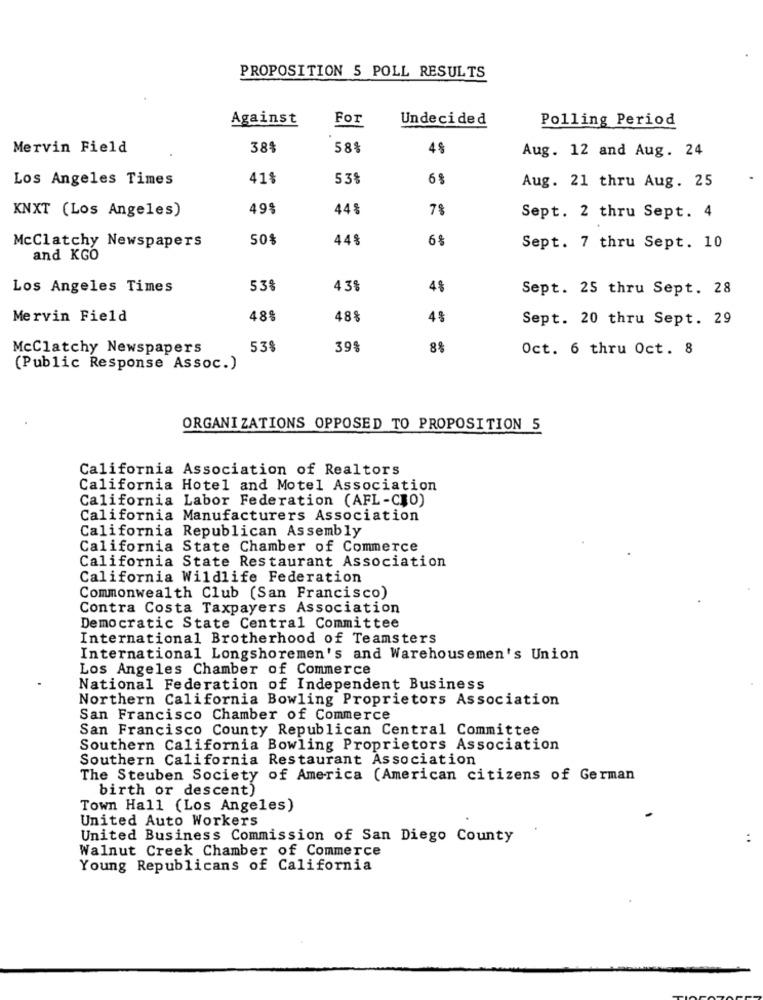
PROPOSITION 5 POLL RESULTS
Against
For
Undecided
Polling Period
Mervin Field
38%
58%
Aug. 12 and Aug. 24
Los Angeles Times
41%
53%
Aug. 21 thru Aug. 25
KNXT (Los Angeles)
49$
44
78
Sept. 2 thru Sept. 4
50%
448
6%
McClatchy Newspapers
Sept. 7 thru Sept. 10
and KGO
Los Angeles Times
53%
435
4%
Sept. 25 thru Sept. 28
Mervin Field
48%
48%
4%
Sept. 20 thru Sept. 29
McClatchy Newspapers
53%
39
8%
Oct. 6 thru Oct. 8
(Public Response Assoc.)
ORGANIZATIONS OPPOSED TO PROPOSITION 5
California Association of Realtors
California Hotel and Motel Association
California Labor Federation (AFL-CIO)
California Manufacturers Association
California Republican Assembly
California State Chamber of Commerce
California State Restaurant Association
California Wildlife Federation
Commonwealth Club (San Francisco)
Contra Costa Taxpayers Association
Democratic State Central Committee
International Brotherhood of Teamsters
International Longshoremen's and Warehousemen's Union
Los Angeles Chamber of Commerce
National Federation of Independent Business
Northern California Bowling Proprietors Association
San Francisco Chamber of Commerce
San Francisco County Republican Central Committee
Southern California Bowling Proprietors Association
Southern California Restaurant Association
The Steuben Society of America (American citizens of German
birth or descent)
Town Hall (Los Angeles)
United Auto Workers
United Business Commission of San Diego County
Walnut Creek Chamber of Commerce
Young Republicans of California